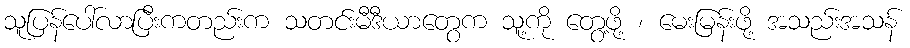
သူပြန်ပေါ်လာပြီးကတည်းက သတင်းမီဒီယာတွေက သူ့ကို တွေ့ဖို့ ၊ မေးမြန်းဖို့ အသည်းအသန်